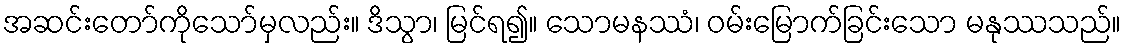
အဆင်းတော်ကိုသော်မှလည်း။ ဒိသွာ၊ မြင်ရ၍။ သောမနဿံ၊ ဝမ်းမြောက်ခြင်းသော မနုဿသည်။